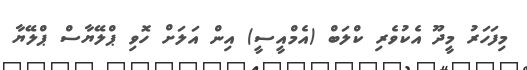
މިފަހަރު މީދޫ އެކުވެރި ކްލަބް (އެމްއީސީ) އިން އަލަށް ހޮވި ޕްލޭޔާސް ޕްލޭޔާ